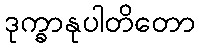
ဒုက္ခာနုပါတိတော